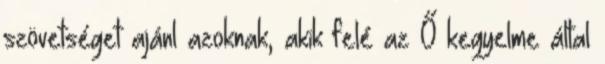
szövetséget ajánl azoknak, akik felé az Ő kegyelme által